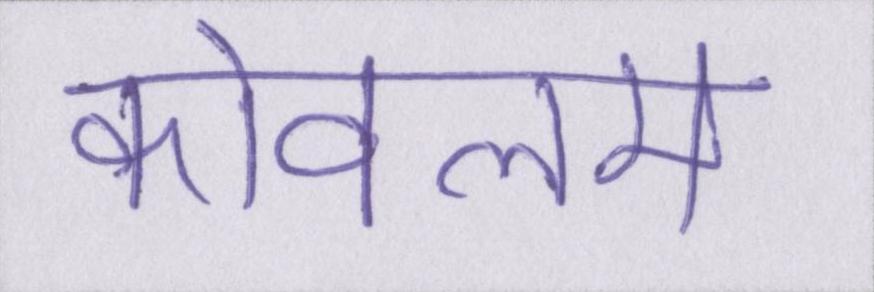
कोवलम